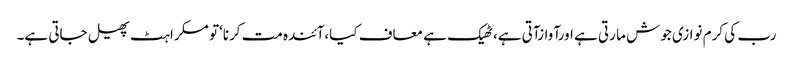
رب کی کرم نوازی جوش ما رتی ہے اورآوازآتی ہے،ٹھیک ہے معاف کیا،آئندہ مت کرنا‘تو مسکراہٹ پھیل جاتی ہے۔